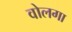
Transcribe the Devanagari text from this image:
वोलगा